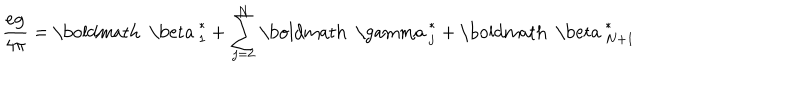
\frac { e { \bf g } } { 4 \pi } = { \mathrm { \boldmath ~ \ b e t a ~ } } _ { 1 } ^ { * } + \sum _ { j = 2 } ^ { N } { \mathrm { \boldmath ~ \ g a m m a ~ } } _ { j } ^ { * } + { \mathrm { \boldmath ~ \ b e t a ~ } } _ { N + 1 } ^ { * }